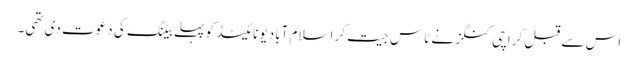
اس سے قبل کراچی کنگز نے ٹاس جیت کر اسلام آباد یونائیٹڈ کو پہلے بیٹنگ کی دعوت دی تھی۔